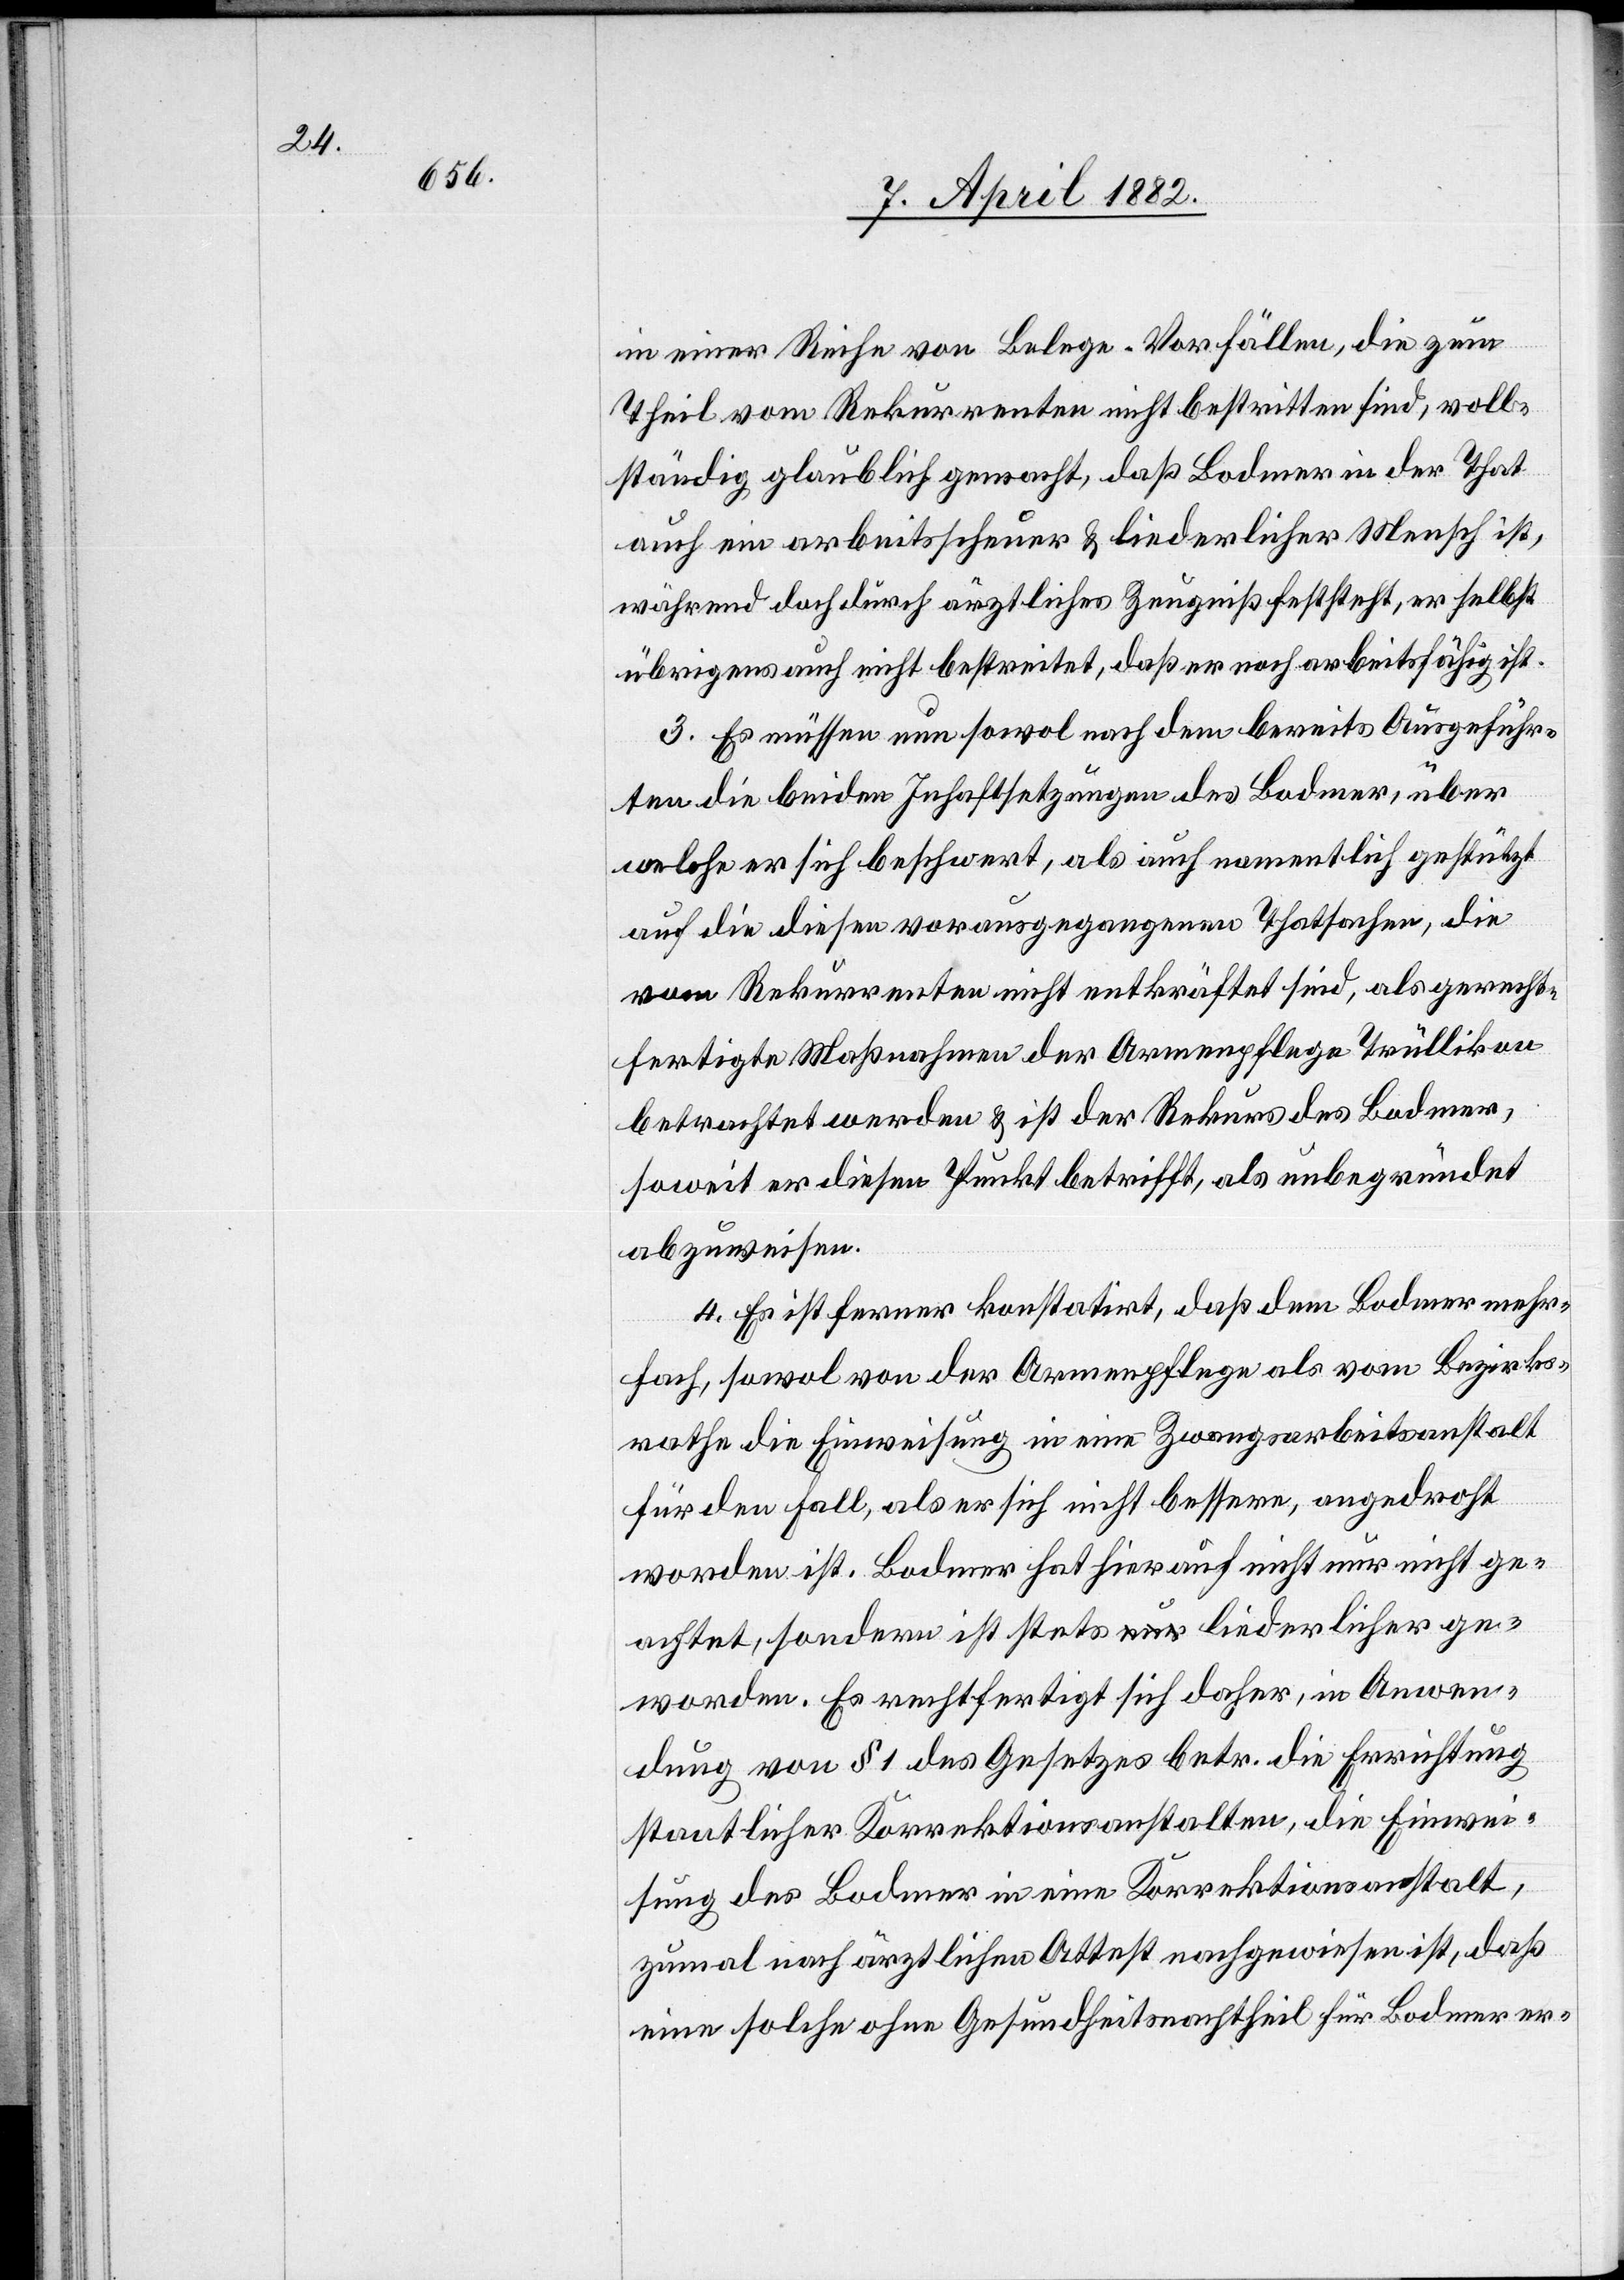
in einer Reihe von Belege-Vorfällen, die zum
Theil vom Rekurrenten nicht bestritten sind, voll¬
ständig glaublich gemacht, daß Bodmer in der That
auch ein arbeitscheuer & liederlicher Mensch ist,
während doch durch ärztliches Zeugniß feststeht, er selbst
übrigens auch nicht bestreitet, daß er noch arbeitsfähig ist.
3. Es müssen nun sowol nach dem bereits Ausgeführ¬
ten die beiden Inhaltsetzungen des Bodmer, über
welche er sich beschwert, als auch namentlich gestützt
auf die diesen vorausgegangenen Thatsachen, die
vom Rekurrenten nicht entkräftet sind, als gerecht¬
fertigte Maßnahmen der Armenpflege Trüllikon
betrachtet werden & ist der Rekurs des Bodmer,
soweit er diesen Punkt betrifft, als unbegründet
abzuweisen.
4. Es ist ferner konstatirt, daß dem Bodmer mehr¬
fach, sowol von der Armenpflege als vom Bezirks¬
rathe die Einweisung in eine Zwangsarbeitsanstalt
für den Fall, als er sich nicht bessere, angedroht
worden ist. Bodmer hat hierauf nicht nur nicht ge¬
achtet, sondern ist stets liederlicher ge¬
worden. Es rechtfertigt sich daher, in Anwen¬
dung von § 1 des Gesetzes betr. die Errichtung
staatlicher Korrektionsanstalten, die Einwei¬
sung des Bodmer in eine Korrektionsanstalt,
zumal nach ärztlichem Attest nachgewiesen ist, daß
eine solche ohne Gesundheitsnachtheil für Bodmer er-